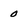
Character: 0